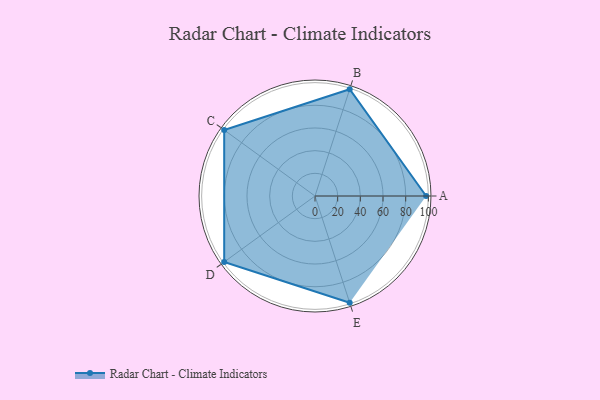
{"axis": {"x": "Skill", "y": "Score"}, "legend": ["Profile"], "data": [{"x": "A", "y": 98.0, "type": "Profile"}, {"x": "B", "y": 99, "type": "Profile"}, {"x": "C", "y": 99, "type": "Profile"}, {"x": "D", "y": 99, "type": "Profile"}, {"x": "E", "y": 99, "type": "Profile"}]}